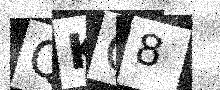
Text: QKG8